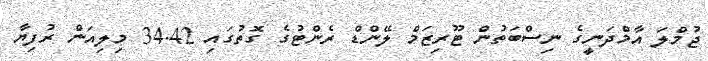
ޖުމްލަ އާމްދަނީގެ ނިސްބަތުން ޓޫރިޒަމް ލޭންޑް ރެންޓުގެ ގޮތުގައި 34.42 މިލިއަން ރުފިޔާ